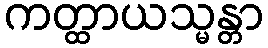
ကတ္ထာယသ္မန္တာ